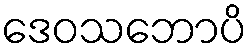
ဒေဝသဘောပိ